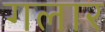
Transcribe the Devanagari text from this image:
गलार